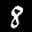
Label: 8